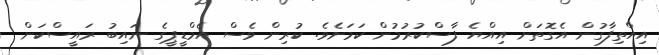
އިއްތިފާގުން އެގޮތަށް އިއްޔެ ފާސްކުރުމުން ކަމަށެވެ. ކުރިން ވެސް އެމްޑީޕީގެ ނައިބު ރައީސްކަން